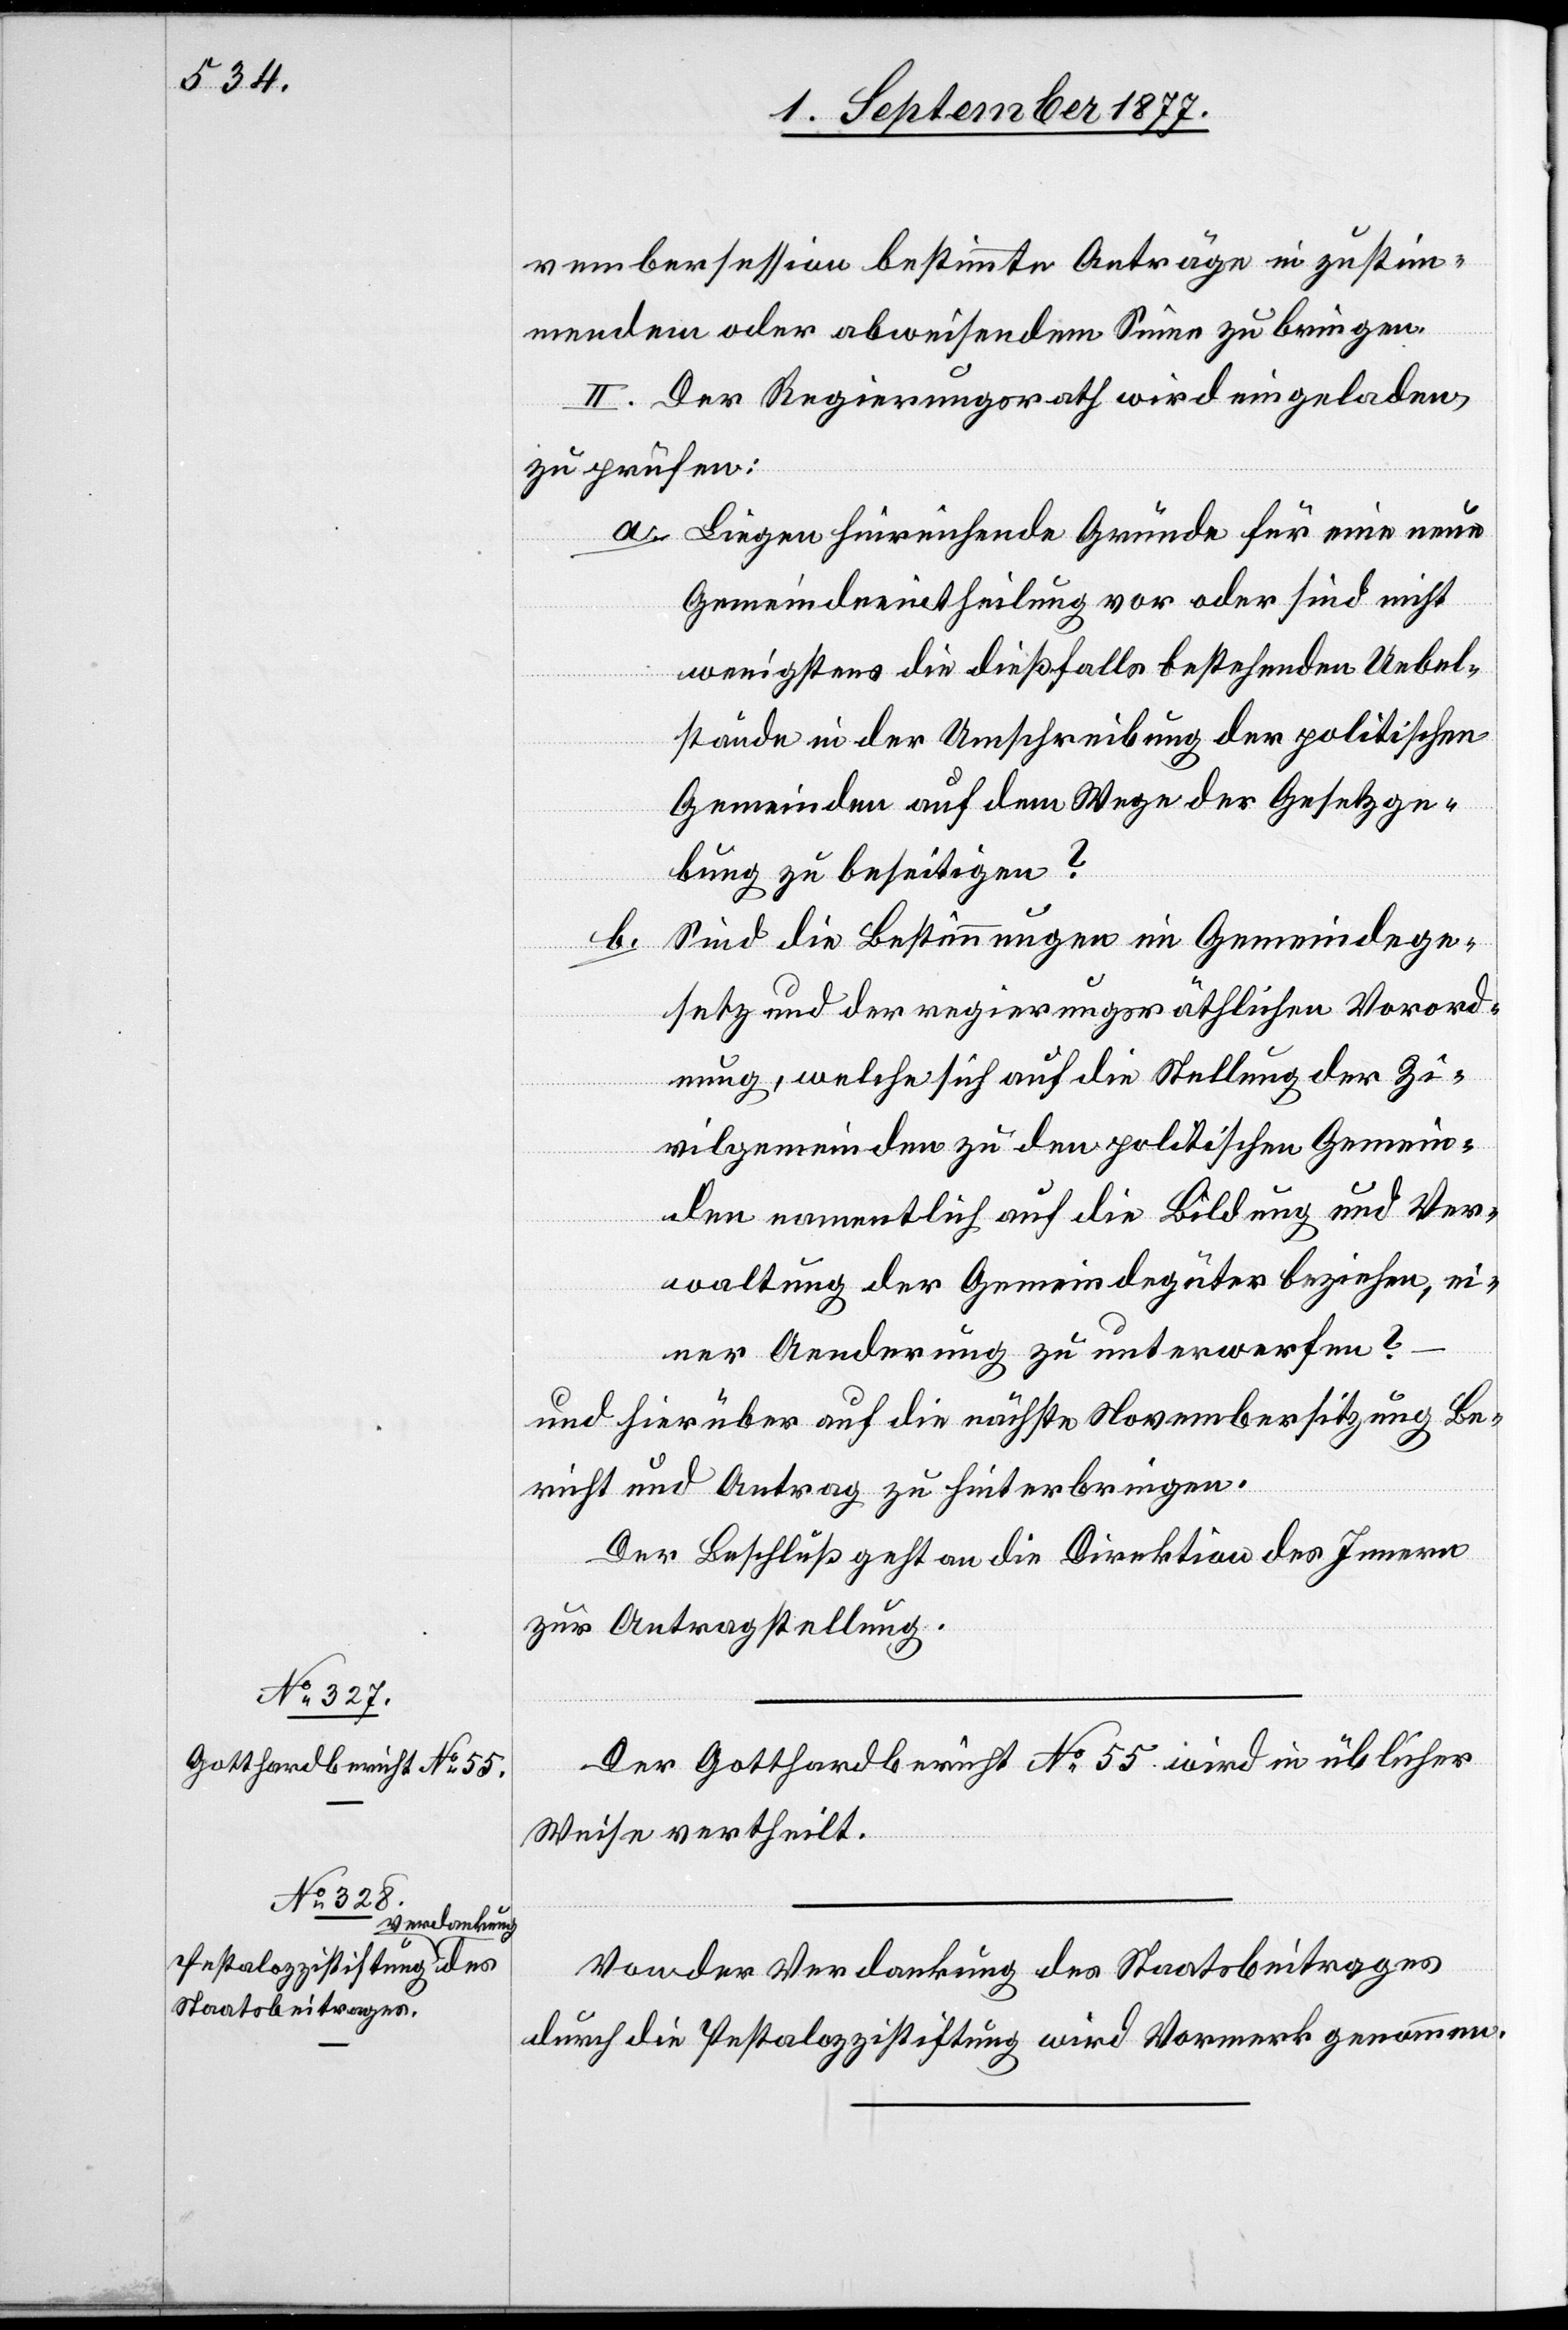
vembersession bestimmte Anträge in zustim¬
mendem oder abweisendem Sinne zu bringen.
II. Der Regierungsrath wird eingeladen,
zu prüfen:
Liegen hinreichende Gründe für eine neue
rord¬
Gemeindeeintheilung vor oder sind nicht
wenigstens die dießfalls bestehenden Uebel¬
stände in der Umschreibung der politischen
Gemeinden auf dem Wege der Gesetzge¬
bung zu beseitigen?
Sind die Bestimmungen im Gemeindege¬
b.
setz und der regierungsräthlichen Vorord¬
nung], welche sich auf die Stellung der Zi¬
vilgemeinden zu den politischen Gemein¬
den namentlich auf die Bildung und Ver¬
waltung der Gemeindegüter beziehen, ei¬
ner Aenderung zu unterwerfen?
und hierüber auf die nächste Novembersitzung Be¬
richt und Antrag zu hinterbringen.
Der Beschluß geht an die Direktion des Innern
zur Antragstellung.
Der Gotthardbericht No 55 wird in üblicher
Weise vertheilt.
Von der Verdankung des Staatsbeitrages
durch die Pestalozzistiftung wird Vormerk genommen.